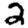
Digit: 2